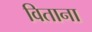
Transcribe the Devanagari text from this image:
विताना